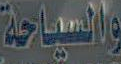
والسياحة